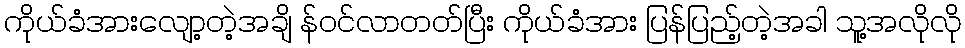
ကိုယ်ခံအားလျော့တဲ့အချိ န်ဝင်လာတတ်ပြီး ကိုယ်ခံအား ပြန်ပြည့်တဲ့အခါ သူ့အလိုလို